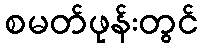
စမတ်ဖုန်းတွင်